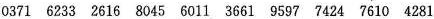
0371 6233 2616 8045 6011 3661 9597 7424 7610 4281